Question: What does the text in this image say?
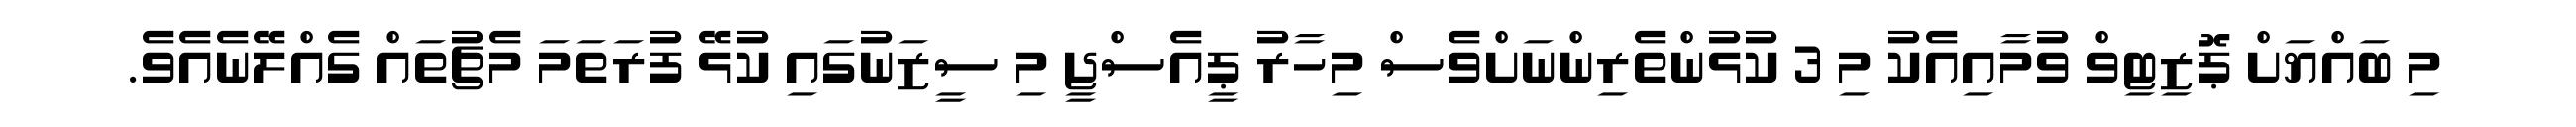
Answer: މި ބައްޔަށް ޕޮޒިޓިވް ވުމާއިއެކު މި 3 ކުޅުންތެރިންނަށްވެސް މިހާރު ޕީއެސްޖީ މި ސީޒަނުގައި ކުޅޭ ފުރަތަމަ މެޗުތައް ގެއްލޭނެއެވެ.